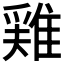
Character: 𨿸